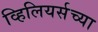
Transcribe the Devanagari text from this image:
व्हिलियर्सच्या